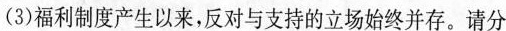
(3)福利制度产生以来，反对与支持的立场始终并存。请分